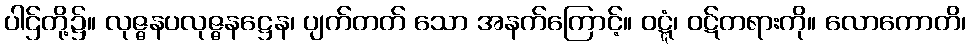
ပါဌ်တို့၌။ လုဇ္ဇနပလုဇ္ဇနဋ္ဌေန၊ ပျက်တတ် သော အနက်ကြောင့်။ ဝဋ္ဋံ၊ ဝဋ်တရားကို။ လောကောတိ၊